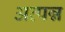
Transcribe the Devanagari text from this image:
अत्पन्न